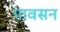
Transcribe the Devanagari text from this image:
पावसन